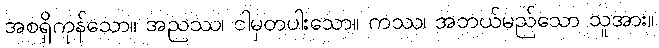
အစရှိကုန်သော။ အညဿ၊ ငါမှတပါးသော။ ကဿ၊ အဘယ်မည်သော သူအား။